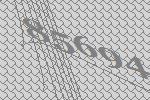
85694